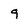
Character: 9